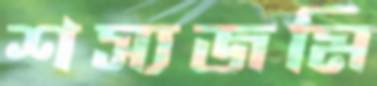
শস্যজমি